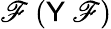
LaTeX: \mathscr{F}\ ({\textsf{{Y}}}\ \mathscr{F})